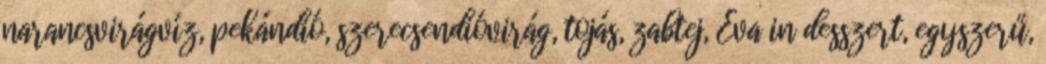
narancsvirágvíz, pekándió, szerecsendióvirág, tojás, zabtej, Éva in desszert, egyszerű,